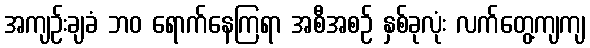
အကျဉ်းချခံ ဘဝ ရောက်နေကြရာ အစီအစဉ် နှစ်ခုလုံး လက်တွေ့ကျကျ